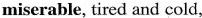
miserable,tired and cold,